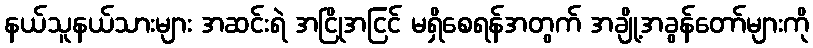
နယ်သူနယ်သားများ အဆင်းရဲ အငြိုအငြင် မရှိစေရန်အတွက် အချို့အခွန်တော်များကို